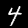
Label: 4